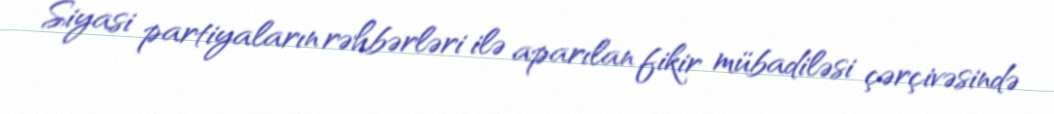
Siyasi partiyaların rəhbərləri ilə aparılan fikir mübadiləsi çərçivəsində